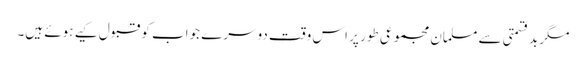
مگر بدقسمتی سے مسلمان مجموعی طور پر اس وقت دوسرے جواب کو قبول کیے ہوئے ہیں۔